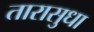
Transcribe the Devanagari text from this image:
तारासुधा